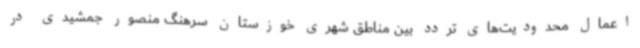
اعمال محدودیت‌های تردد بین مناطق شهری خوزستان سرهنگ منصور جمشیدی در